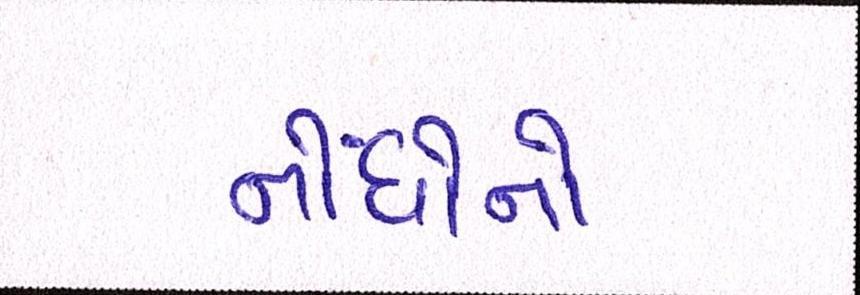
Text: નોંધોનો